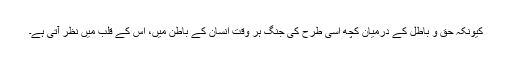
کیونکہ حق و باطل کے درمیان کچھ اسی طرح کی جنگ ہر وقت انسان کے باطن میں، اس کے قلب میں نظر آتی ہے۔